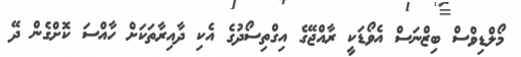
މޯލްޑިވްސް ބިޒްނަސް އެވޯޑަކީ ރާއްޖޭގެ އިގްތިސޯދުގެ އެކި ދާއިރާތަކަށް ހާއްސަ ކޮށްގެން ދޭ